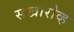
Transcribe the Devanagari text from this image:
सखारोव्ह